画像に写った文字を読んでください
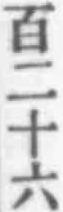
「百二十六」と書いてあります